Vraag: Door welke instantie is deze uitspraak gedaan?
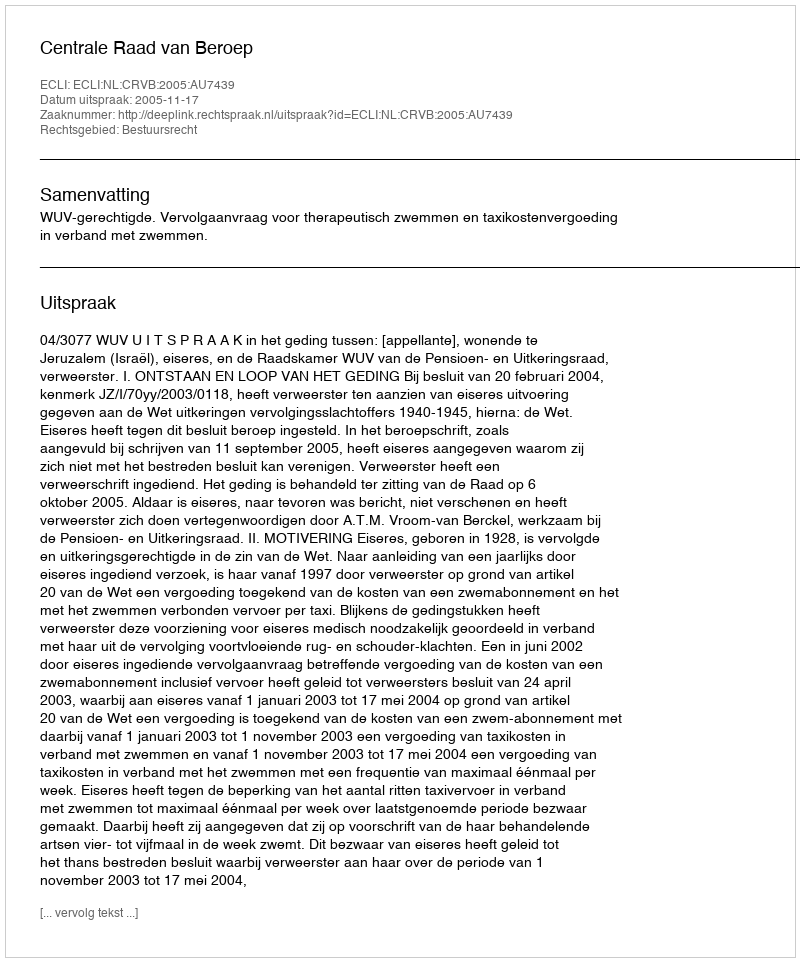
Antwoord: Centrale Raad van Beroep